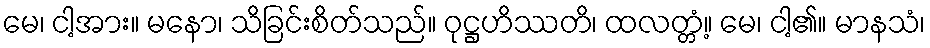
မေ၊ ငါ့အား။ မနော၊ သိခြင်းစိတ်သည်။ ဝုဋ္ဌဟိဿတိ၊ ထလတ္တံ့။ မေ၊ ငါ့၏။ မာနသံ၊